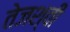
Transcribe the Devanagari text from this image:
तेजश्वी